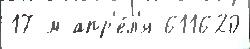
17 м апр'е́л'я 611620